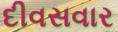
દીવસવાર